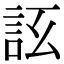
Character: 𧦚